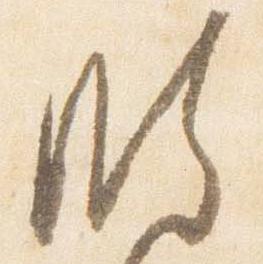
明